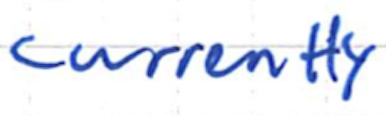
Text: currently
Cross-out: clean
Writing tool: ballpoint